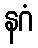
နဂံ